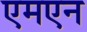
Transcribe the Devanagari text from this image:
एमएन